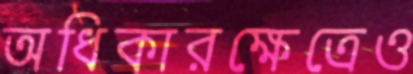
অধিকারক্ষেত্রেও